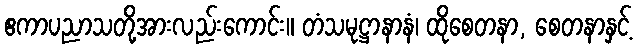
ဧကာပညာသတို့အားလည်းကောင်း။ တံသမုဋ္ဌာနာနံ၊ ထိုစေတနာ, စေတနာနှင့်